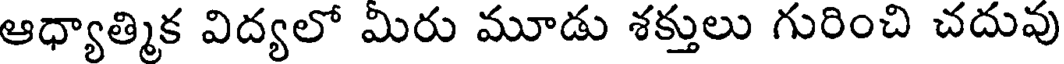
ఆధ్యాత్మిక విద్యలో మిరు మూడు శక్తులు గురించి చదువు